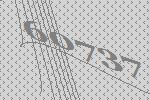
60737